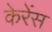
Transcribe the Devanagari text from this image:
केरेंस